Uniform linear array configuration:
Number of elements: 16
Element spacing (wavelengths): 0.5
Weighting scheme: uniform
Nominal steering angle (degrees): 45
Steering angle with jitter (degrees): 44.352
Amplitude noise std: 0.05
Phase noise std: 0.05

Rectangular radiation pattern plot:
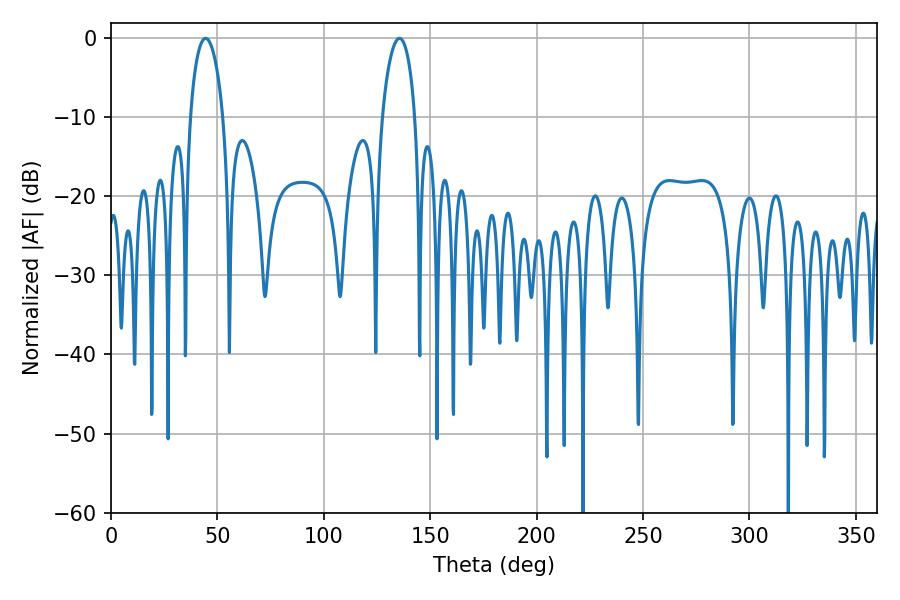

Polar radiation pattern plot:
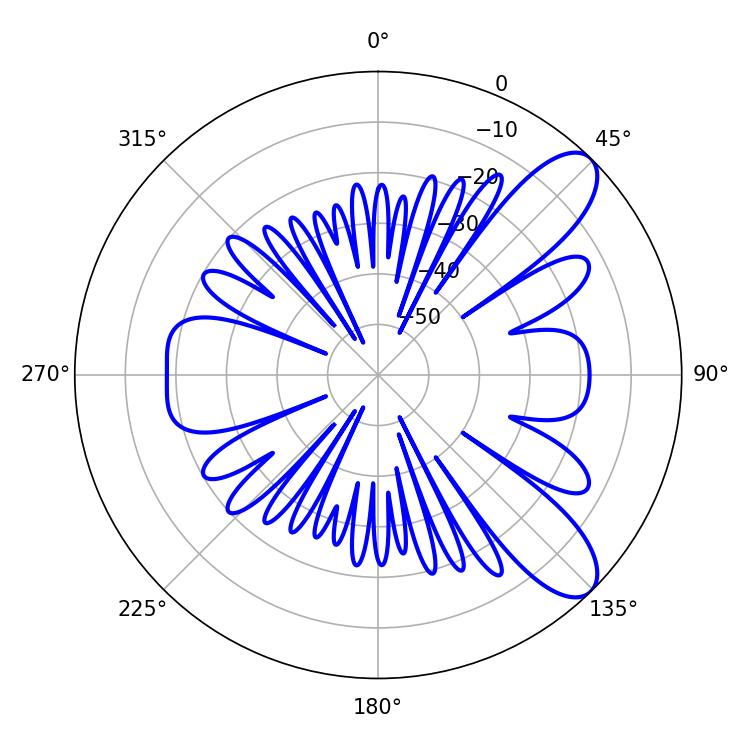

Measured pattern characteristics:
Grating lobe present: FALSE
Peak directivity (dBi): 9.3
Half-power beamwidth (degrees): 8.82
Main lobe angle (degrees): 44.46